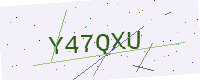
Text: Y47QXU